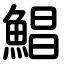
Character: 鯧